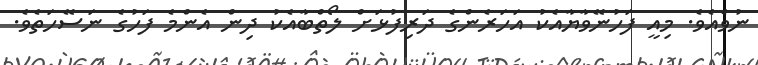
ނުވެއެވެ. މިއީ ފަހުނޭވާޔާއެކު އަަހަރެންގެ ދަރިފުޅަށް ލޯތްބާއެކު ދިން އެންމެ ފަހުގެ ނަސޭހަތެވެ.